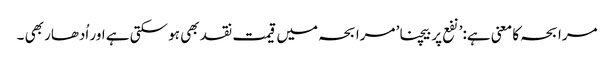
مرابحہ کا معنی ہے:’نفع پر بیچنا’ مرابحہ میں قیمت نقد بھی ہو سکتی ہے اور اُدھار بھی ۔